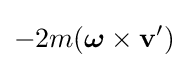
-2m({\boldsymbol {\omega }}\times \mathbf {v} ')